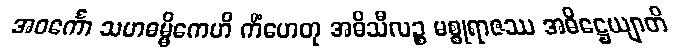
အဝင်္ကော သဟဓမ္မိကေဟိ ကိံဟေတု အဓိသီလဉ္စ မစ္စုရာဇဿ အဓိဋ္ဌေယျာတိ